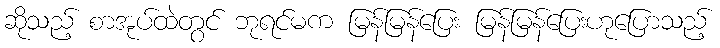
ဆိုသည့် စာအုပ်ထဲတွင် ဘုရင်မက မြန်မြန်ပြေး မြန်မြန်ပြေးဟုပြောသည့်